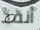
أنقذ